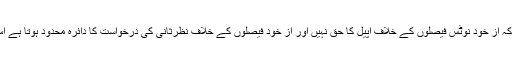
صدر سپریم کورٹ بارایسوسی ایشن امان کنرانی کا کہنا ہے کہ از خود نوٹس فیصلوں کے خلاف اپیل کا حق نہیں اور از خود فیصلوں کے خلاف نظرثانی کی درخواست کا دائرہ محدود ہوتا ہے اس لئے عدالتِ عظمیٰ کو اپیل کا حق دینے کی تجویز دی تھی۔